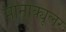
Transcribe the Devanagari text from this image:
मोनोक्यूलर